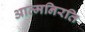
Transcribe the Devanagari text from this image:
आत्मनिरति